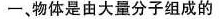
一、物体是由大量分子组成的